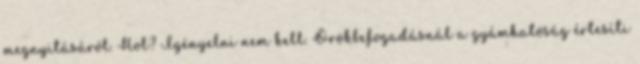
megnyitásáról. Hol? Igényelni nem kell. Örökbefogadásnál a gyámhatóság értesíti